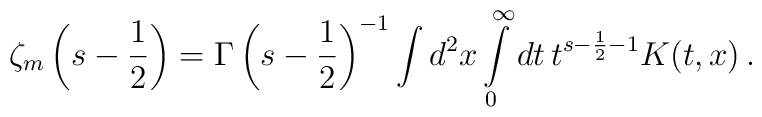
\zeta_m \left( s-\frac 12\right)= \Gamma \left( s-\frac12\right)^{-1} \int d^2x \int\limits_0^\infty dt\, t^{s-\frac 12-1} K(t,x) \,.